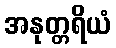
အနုတ္တရိယံ